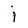
Character: j